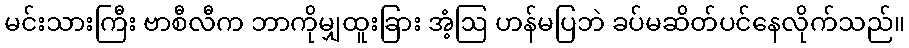
မင်းသားကြီး ဗာစီလီက ဘာကိုမျှထူးခြား အံ့ဩ ဟန်မပြဘဲ ခပ်မဆိတ်ပင်နေလိုက်သည်။